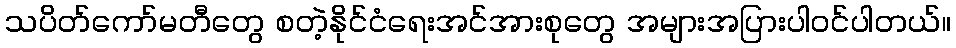
သပိတ်ကော်မတီတွေ စတဲ့နိုင်ငံရေးအင်အားစုတွေ အများအပြားပါဝင်ပါတယ်။